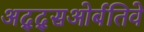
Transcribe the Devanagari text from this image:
अद्द्सओर्बतिवे